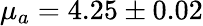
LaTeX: \mu_{a}=4.25\pm 0.02